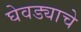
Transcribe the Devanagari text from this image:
घेवड्याचे